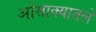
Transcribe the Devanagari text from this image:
ओसाक्यातले